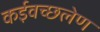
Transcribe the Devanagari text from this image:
कईवच्छलेण